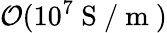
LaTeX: \mathcal{O}(10^{7}\mathrm{~S~/~m~})